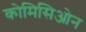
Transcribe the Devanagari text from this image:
कोमिसिओन